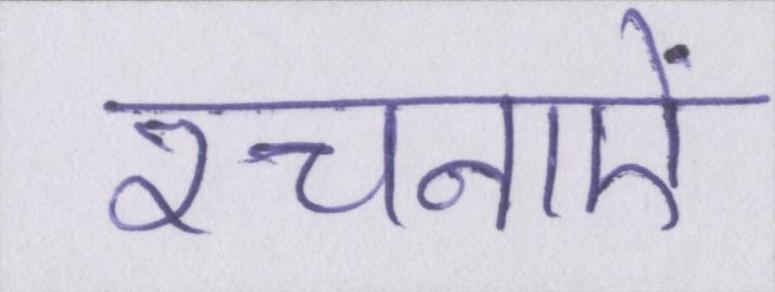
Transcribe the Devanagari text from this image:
रचनाऐं